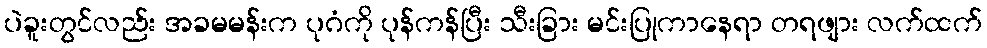
ပဲခူးတွင်လည်း အခမမန်းက ပုဂံကို ပုန်ကန်ပြီး သီးခြား မင်းပြုကာနေရာ တရဖျား လက်ထက်